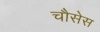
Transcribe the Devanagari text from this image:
चौसेस